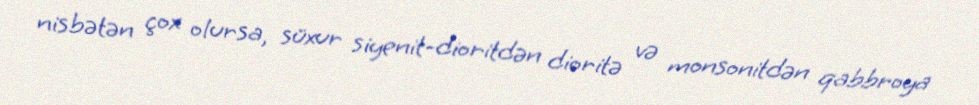
nisbətən çox olursa, süxur siyenit-dioritdən dioritə və monsonitdən qabbroya